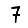
Digit: 7